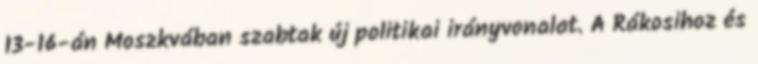
13-16-án Moszkvában szabtak új politikai irányvonalat. A Rákosihoz és